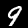
Digit: 9